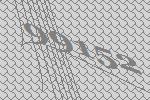
99152